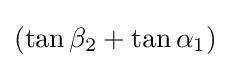
(\tan \beta _{2}+\tan \alpha _{1})